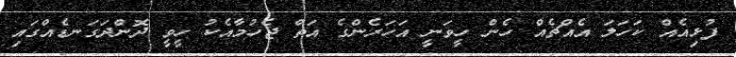
ފުޅިއެއް ކަހަލަ އެއްޗެއް ހެން ހީވަނީ އަހަރެންގެ އަތް ޖެހުމާއެކު ހީވީ ދޮންދަގަނޑެއްގައި